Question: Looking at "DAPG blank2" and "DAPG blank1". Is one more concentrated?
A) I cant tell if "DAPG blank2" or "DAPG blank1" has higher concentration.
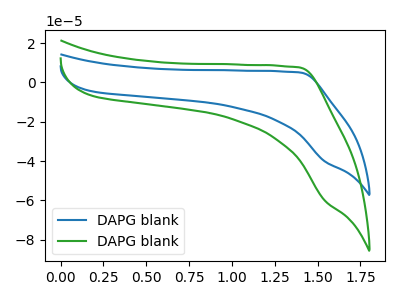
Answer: <think>The blue curve "DAPG blank1" has no peaks. The green curve "DAPG blank2" has no peaks.
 Neither "DAPG blank2" or "DAPG blank1" have any peaks.</think>
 <answer>A) I cant tell if "DAPG blank2" or "DAPG blank1" has higher concentration.</answer>
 <eval>A</eval>